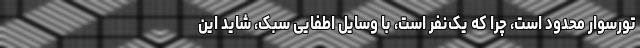
تورسوار محدود است، چرا که یک‌نفر است، با وسایل اطفایی سبک، شاید این